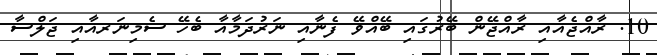
10. ރާއްޖެއާއި ރާއްޖޭން ބޭރުގައި ބޭއްވޭ ފެނާއި ނަރުދަމާއާ ބެހޭ ސެމިނަރއާއި ޖަލްސާ